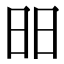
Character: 昍